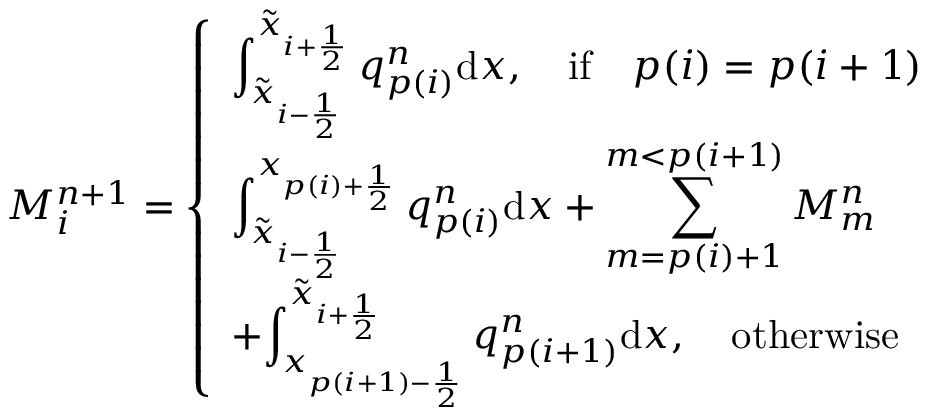
M _ { i } ^ { n + 1 } = \left\{ \begin{array} { l l } { \displaystyle { \int _ { \tilde { x } _ { i - \frac { 1 } { 2 } } } ^ { \tilde { x } _ { i + \frac { 1 } { 2 } } } q _ { p ( i ) } ^ { n } \mathrm { d } x } , \quad \mathrm { i f } \quad p ( i ) = p ( i + 1 ) } \\ { \displaystyle { \int _ { \tilde { x } _ { i - \frac { 1 } { 2 } } } ^ { x _ { p ( i ) + \frac { 1 } { 2 } } } q _ { p ( i ) } ^ { n } \mathrm { d } x + \sum _ { m = p ( i ) + 1 } ^ { m < p ( i + 1 ) } M _ { m } ^ { n } } } \\ { + \displaystyle { \int _ { x _ { p ( i + 1 ) - \frac { 1 } { 2 } } } ^ { \tilde { x } _ { i + \frac { 1 } { 2 } } } q _ { p ( i + 1 ) } ^ { n } \mathrm { d } x } , \quad \mathrm { o t h e r w i s e ~ } } \end{array} \right.